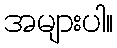
အများပါ။